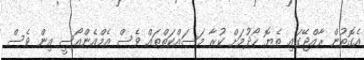
އެގޮތުން ރާއްޖޭގައި ތެޔޮ ހޯދުމަށް ކުރާ މަސައްކަތްތައް ވެސް އެމްއެންއޯސީ އިން ވެސް